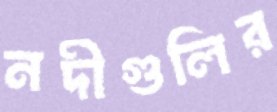
নদীগুলির